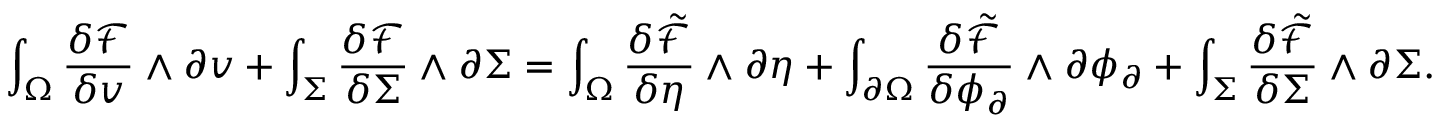
\int _ { \Omega } \frac { \delta \mathcal { F } } { \delta v } \wedge \partial v + \int _ { \Sigma } \frac { \delta \mathcal { F } } { \delta \Sigma } \wedge \partial \Sigma = \int _ { \Omega } \frac { \delta \tilde { \mathcal { F } } } { \delta \eta } \wedge \partial \eta + \int _ { \partial \Omega } \frac { \delta \tilde { \mathcal { F } } } { \delta \phi _ { \partial } } \wedge \partial \phi _ { \partial } + \int _ { \Sigma } \frac { \delta \tilde { \mathcal { F } } } { \delta \Sigma } \wedge \partial \Sigma .